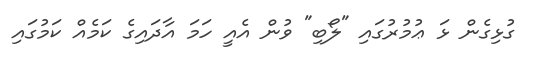
ގުޅިގެން ޅަ ޢުމުރުގައި "ލޯބި" ވުން އެއީ ހަމަ އާދައިގެ ކަމެއް ކަމުގައި